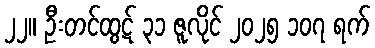
၂၂။ ဦးတင်ထွဋ် ၃၁ ဇူလိုင် ၂၀၂၅ ၁၀၇ ရက်